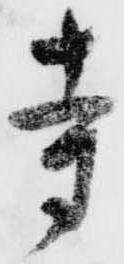
寺